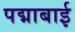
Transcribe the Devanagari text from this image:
पद्माबाई